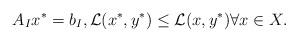
LaTeX: \begin{align*} A_{I} x^*=b_{I}, \mathcal{L}(x^{*},y^{*})\leq \mathcal{L}(x,y^{*}) \forall x\in X.\end{align*}